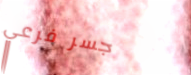
جسر فرعي